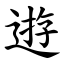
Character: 逰